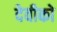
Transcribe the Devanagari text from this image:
देवीको